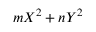
m X ^ { 2 } + n Y ^ { 2 }